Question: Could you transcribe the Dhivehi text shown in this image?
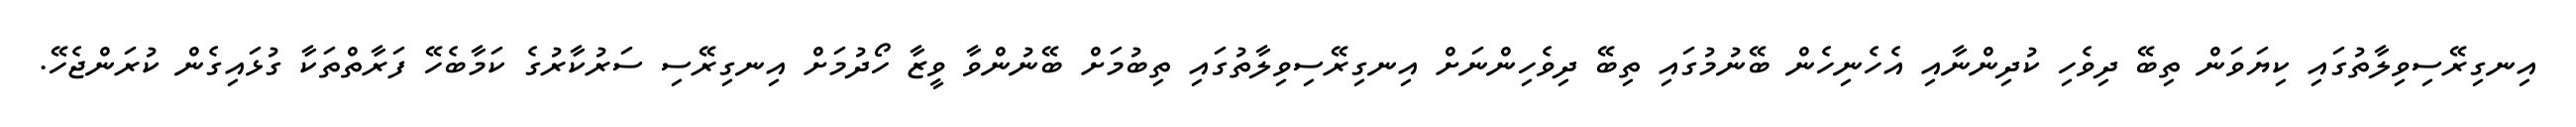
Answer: އިނގިރޭސިވިލާތުގައި ކިޔަވަން ތިބޭ ދިވެހި ކުދިންނާއި އެހެނިހެން ބޭނުމުގައި ތިބޭ ދިވެހިންނަށް އިނގިރޭސިވިލާތުގައި ތިބުމަށް ބޭނުންވާ ވީޒާ ހޯދުމަށް އިނގިރޭސި ސަރުކާރުގެ ކަމާބެހޭ ފަރާތްތަކާ ގުޅައިގެން ކުރަންޖެހޭ.